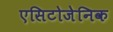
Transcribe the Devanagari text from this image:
एसिटोजेनिक